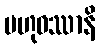
ဗဟုဝဿာနိ